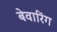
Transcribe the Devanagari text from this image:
बेवारिंग